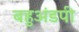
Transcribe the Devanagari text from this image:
बहुअंडपी